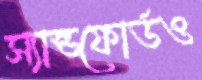
স্যান্ডফোর্ডও